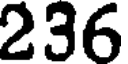
236